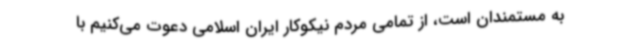
به مستمندان است، از تمامی مردم نیکوکار ایران اسلامی دعوت می‌کنیم با